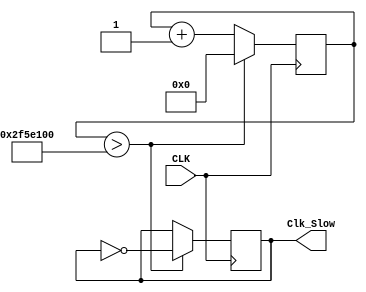
module Clk_Slow(CLK, Clk_Slow);
input CLK;
output Clk_Slow;
reg [31:0] counter_out;
reg Clk_Slow;
	initial begin
	counter_out<= 32'h00000000;
	Clk_Slow <=0;
	end	

always @(posedge CLK) begin
	counter_out<=    counter_out + 32'h00000001;		
	if (counter_out  > 32'h02F5E100) begin
		counter_out<= 32'h00000000;
		Clk_Slow <= !Clk_Slow;
		end
	end
endmodule